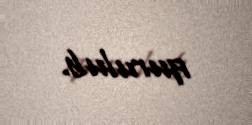
qurulub.